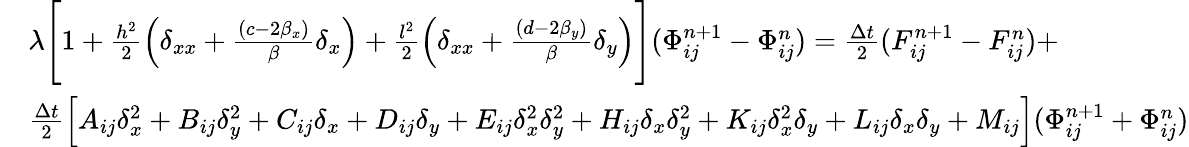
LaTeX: \begin{array}{rl}&{\lambda\Bigg[1+\frac{h^{2}}{2}\Big(\delta_{xx}+\frac{(c-2\beta_{x})}{\beta}\delta_{x}\Big)+\frac{l^{2}}{2}\Big(\delta_{xx}+\frac{(d-2\beta_{y})}{\beta}\delta_{y}\Big)\Bigg](\Phi_{ij}^{n+1}-\Phi_{ij}^{n})=\frac{\Delta t}{2}(F_{ij}^{n+1}-F_{ij}^{n})+}\\ &{\frac{\Delta t}{2}\Big[A_{ij}\delta_{x}^{2}+B_{ij}\delta_{y}^{2}+C_{ij}\delta_{x}+D_{ij}\delta_{y}+E_{ij}\delta_{x}^{2}\delta_{y}^{2}+H_{ij}\delta_{x}\delta_{y}^{2}+K_{ij}\delta_{x}^{2}\delta_{y}+L_{ij}\delta_{x}\delta_{y}+M_{ij}\Big](\Phi_{ij}^{n+1}+\Phi_{ij}^{n})}\end{array}